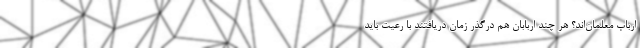
ارباب معلمان‌اند؟ هر چند اربابان هم درگذر زمان دریافتند با رعیت باید